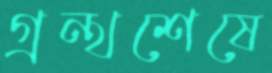
গ্রন্থশেষে